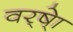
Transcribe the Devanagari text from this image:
वर्ष्‍ेा